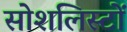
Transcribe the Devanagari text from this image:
सोशलिस्टों